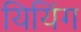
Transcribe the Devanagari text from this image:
यियिंग